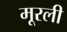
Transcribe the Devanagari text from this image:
मूरली